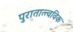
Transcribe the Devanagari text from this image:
पुरातात्त्वविक